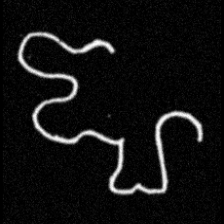
Pyu character \u2014 Myanmar letter: ဈ (romanized: jha)